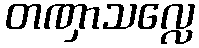
တဏှာသလ္လေ